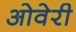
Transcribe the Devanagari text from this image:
ओवेरी